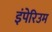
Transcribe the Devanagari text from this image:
इंपेरिउम